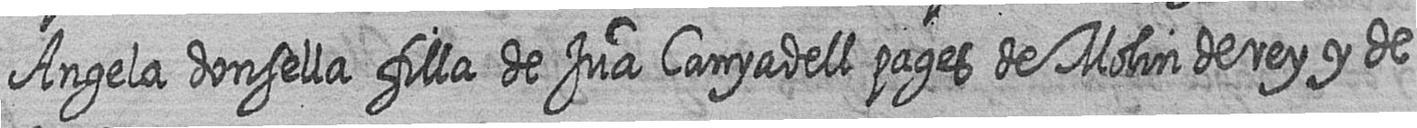
Angela donsella filla de Jua Canyadell pages de Molin de rey y de